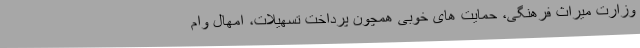
وزارت میراث فرهنگی، حمایت های خوبی همچون پرداخت تسهیلات، امهال وام